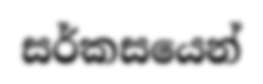
සර්කසයෙන්